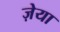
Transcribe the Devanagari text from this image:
ज़ेया